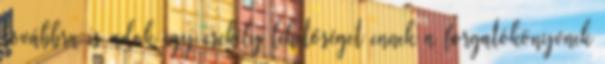
továbbra is adok egy csekély lehetőséget ennek a forgatókönyvnek